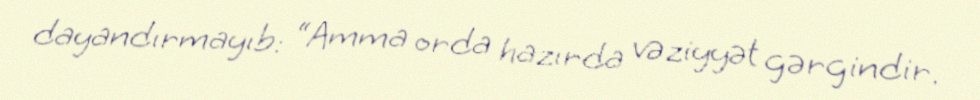
dayandırmayıb: “Amma orda hazırda vəziyyət gərgindir.